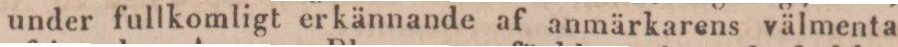
under fullkomligt erkännande af anmärkarens välmenta